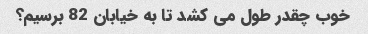
خوب چقدر طول می کشد تا به خیابان 82 برسیم؟